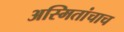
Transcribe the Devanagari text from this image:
अस्मितांचाच